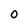
Character: 0